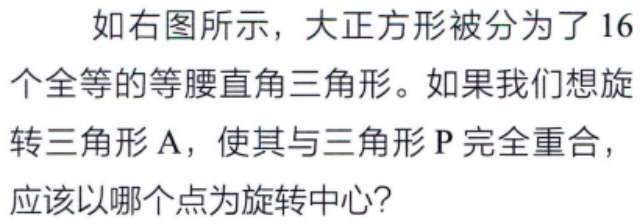
如右图所示，大正方形被分为了 16 个全等的等腰直角三角形。如果我们想旋转三角形 A，使其与三角形 P 完全重合，应该以哪个点为旋转中心？